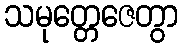
သမုတ္တေဇေတွာ